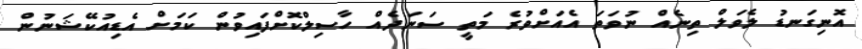
އޮނިގަނޑު ލެވަލް ތިނެއް ނުވަތަ އެއަށްވުރެ މަތީ ސަނަދެއް ހާސިލްކޮށްފައިވުން ކަމަށް އެޑިއުކޭޝަނުން